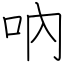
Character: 吶